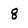
Character: 8